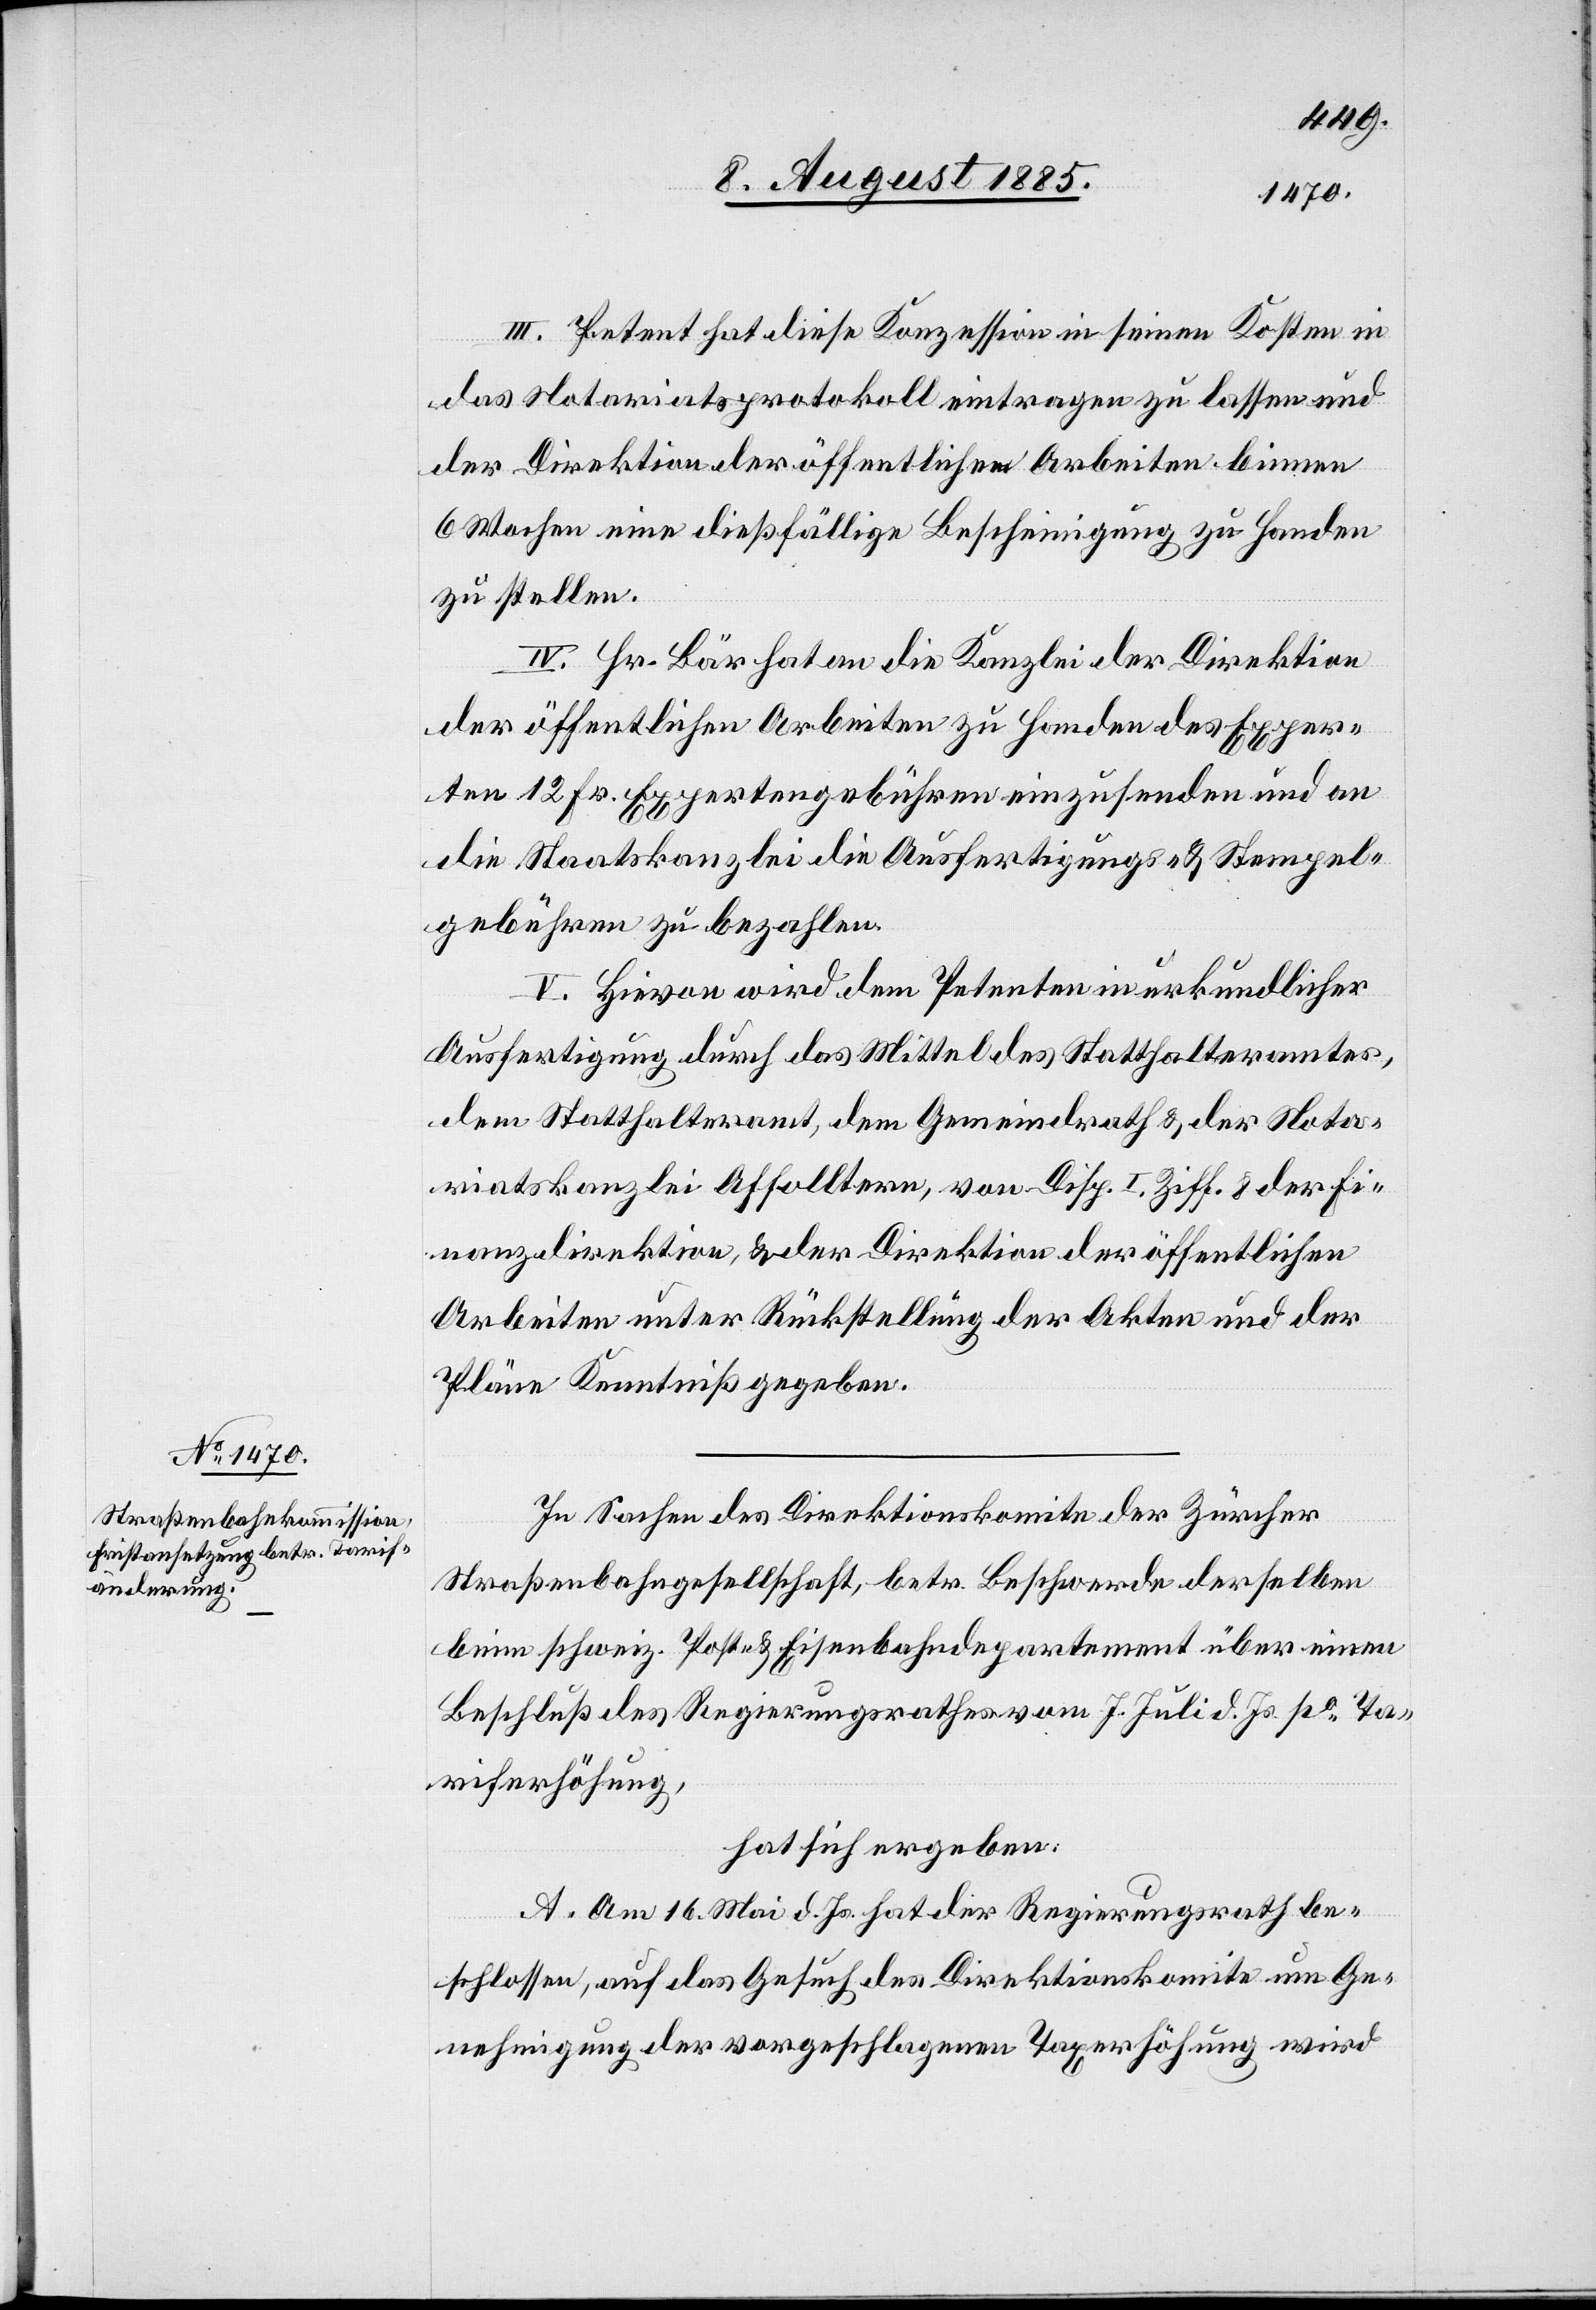
III. Petent hat diese Konzession in seinen Kosten in
das Notariatsprotokoll eintragen zu lassen und
der Direktion der öffentlichen Arbeiten binnen
6 Wochen eine dießfällige Bescheinigung zu Handen
zu stellen.
IV. Hr. Bär hat an die Kanzlei der Direktion
der öffentlichen Arbeiten zu Handen des Exper¬
ten 12 Fr. Expertengebühren einzusenden und an
die Staatskanzlei die Ausfertigungs- & Stempel¬
gebühren zu bezahlen.
V. Hievon wird dem Petenten in urkundlicher
Ausfertigung durch das Mittel des Statthalteramtes,
dem Statthalteramt, dem Gemeindrath & der Nota¬
riatskanzlei Affoltern, von Disp. I Ziff. 8 der Fi¬
nanzdirektion, & der Direktion der öffentlichen
Arbeiten unter Rückstellung der Akten und der
Pläne Kenntniß gegeben.
In Sachen des Direktionskomite der Zürcher
Straßenbahngesellschaft, betr. Beschwerde derselben
beim schweiz. Post- & Eisenbahndepartement über einen
Beschluß des Regierungsrathes vom 7. Juli d. Js. po Ta¬
riferhöhung,
hat sich ergeben:
A. Am 16. Mai d. Js. hat der Regierungsrath be¬
schlossen, auf das Gesuch des Direktionskomite um Ge¬
nehmigung der vorgeschlagenen Tariferhöhung wird